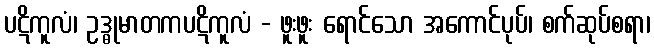
ပဋိကူလံ၊ ဥဒ္ဓုမာတကပဋိကူလံ - ဖူးဖူး ရောင်သော အကောင်ပုပ်၊ စက်ဆုပ်စရာ၊